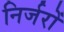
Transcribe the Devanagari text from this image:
निर्जरों